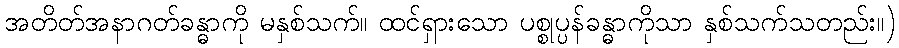
အတိတ်အနာဂတ်ခန္ဓာကို မနှစ်သက်။ ထင်ရှားသော ပစ္စုပ္ပန်ခန္ဓာကိုသာ နှစ်သက်သတည်း။)